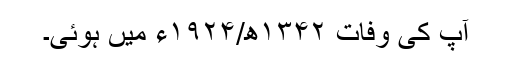
آپ کی وفات ۱۳۴۲ھ/۱۹۲۴ء میں ہوئی۔